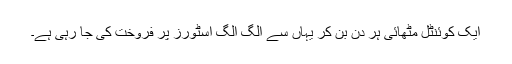
ایک کوئنٹل مٹھائی ہر دن بن کر یہاں سے الگ الگ اسٹورز پر فروخت کی جا رہی ہے۔